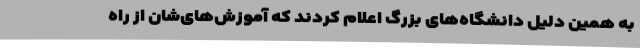
به همین دلیل دانشگاه‌های بزرگ اعلام کردند که آموزش‌های‌شان از راه